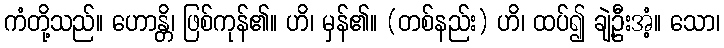
ကံတို့သည်။ ဟောန္တိ၊ ဖြစ်ကုန်၏။ ဟိ၊ မှန်၏။ (တစ်နည်း) ဟိ၊ ထပ်၍ ချဲ့ဦးအံ့။ သော၊